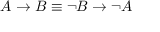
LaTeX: A \rightarrow B \equiv \lnot B \rightarrow \lnot A